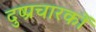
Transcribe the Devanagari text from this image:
दुष्प्रचारकों